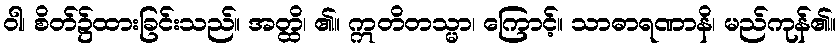
ဝါ၊ စိတ်၌ထားခြင်းသည်။ အတ္ထိ၊ ၏။ ဣတိတသ္မာ၊ ကြောင့်။ သာဓာရဏာနိ၊ မည်ကုန်၏။